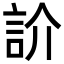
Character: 䚸